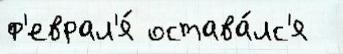
ф'еврал'я́ остава́лс'я